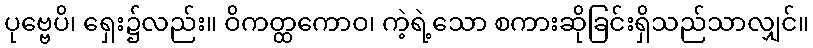
ပုဗ္ဗေပိ၊ ရှေး၌လည်း။ ဝိကတ္ထကောဝ၊ ကဲ့ရဲ့သော စကားဆိုခြင်းရှိသည်သာလျှင်။